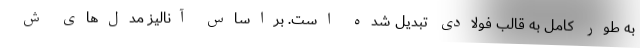
به طور کامل به قالب فولادی تبدیل شده است. براساس آنالیز مدل‌های ش